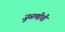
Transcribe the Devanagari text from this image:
जुळणीची